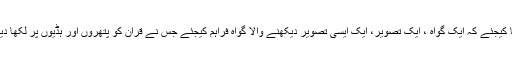
آپ ایسا کیجئے کہ ایک گواہ ، ایک تصویر، ایک ایسی تصویر دیکھنے والا گواہ فراہم کیجئے جس نے قران کو پتھروں اور ہڈیوں پر لکھا دیکھا ہو۔